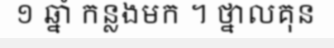
១ ឆ្នាំ កន្លងមក ។ ថ្នាលគុន